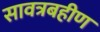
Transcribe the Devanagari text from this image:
सावत्रबहीण